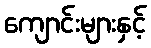
ကျောင်းများနှင့်